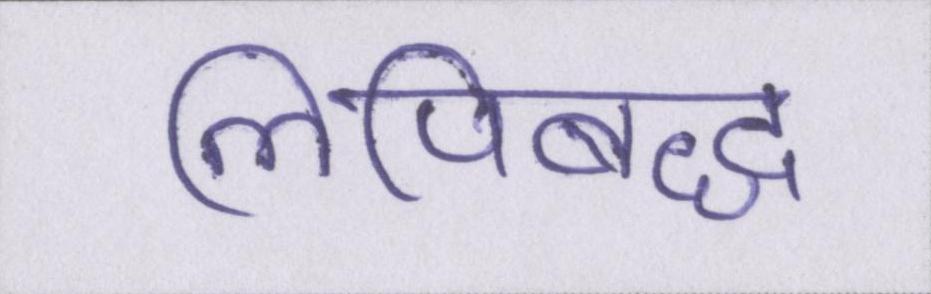
लिपिबद्ध